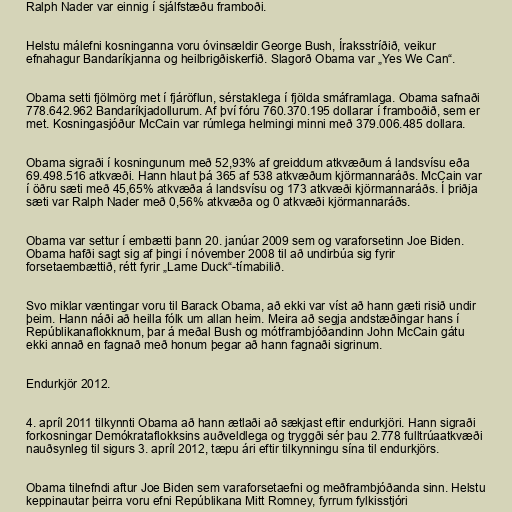
Ralph Nader var einnig í sjálfstæðu framboði.

Helstu málefni kosninganna voru óvinsældir George Bush, Íraksstríðið, veikur
efnahagur Bandaríkjanna og heilbrigðiskerfið. Slagorð Obama var „Yes We Can“.

Obama setti fjölmörg met í fjáröflun, sérstaklega í fjölda smáframlaga. Obama safnaði
778.642.962 Bandaríkjadollurum. Af því fóru 760.370.195 dollarar í framboðið, sem er
met. Kosningasjóður McCain var rúmlega helmingi minni með 379.006.485 dollara.

Obama sigraði í kosningunum með 52,93% af greiddum atkvæðum á landsvísu eða
69.498.516 atkvæði. Hann hlaut þá 365 af 538 atkvæðum kjörmannaráðs. McCain var
í öðru sæti með 45,65% atkvæða á landsvísu og 173 atkvæði kjörmannaráðs. Í þriðja
sæti var Ralph Nader með 0,56% atkvæða og 0 atkvæði kjörmannaráðs.

Obama var settur í embætti þann 20. janúar 2009 sem og varaforsetinn Joe Biden.
Obama hafði sagt sig af þingi í nóvember 2008 til að undirbúa sig fyrir
forsetaembættið, rétt fyrir „Lame Duck“-tímabilið.

Svo miklar væntingar voru til Barack Obama, að ekki var víst að hann gæti risið undir
þeim. Hann náði að heilla fólk um allan heim. Meira að segja andstæðingar hans í
Repúblikanaflokknum, þar á meðal Bush og mótframbjóðandinn John McCain gátu
ekki annað en fagnað með honum þegar að hann fagnaði sigrinum.

Endurkjör 2012.

4. apríl 2011 tilkynnti Obama að hann ætlaði að sækjast eftir endurkjöri. Hann sigraði
forkosningar Demókrataflokksins auðveldlega og tryggði sér þau 2.778 fulltrúaatkvæði
nauðsynleg til sigurs 3. apríl 2012, tæpu ári eftir tilkynningu sína til endurkjörs.

Obama tilnefndi aftur Joe Biden sem varaforsetaefni og meðframbjóðanda sinn. Helstu
keppinautar þeirra voru efni Repúblikana Mitt Romney, fyrrum fylkisstjóri